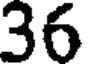
36